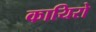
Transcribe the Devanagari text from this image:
कायिरो